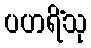
ပဟရိံသု